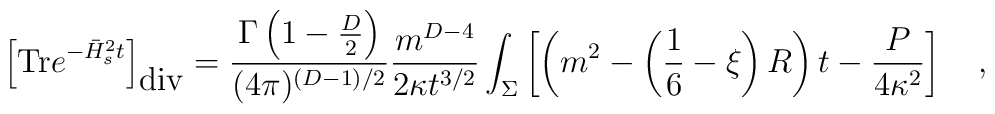
\left[\mbox{Tr}e^{-\bar{H}^2_st}\right]_{\mbox{div}}={\Gamma\left(1-\frac D2\right) \over (4\pi)^{(D-1)/2}} {m^{D-4} \over 2\kappa t^{3/2}} \int_{\Sigma}\left[\left(m^2-\left(\frac 16 -\xi\right)R\right)t-{P \over 4\kappa^2}\right]~~~,